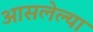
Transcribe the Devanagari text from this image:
आसलेल्या